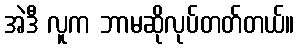
အဲဒီ လူက ဘာမဆိုလုပ်တတ်တယ်။